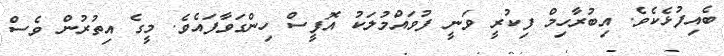
ބެއިފުޅެކެވެ. އިބުރާހިމް ފިކުރީ ވަނީ ފުވައްމުލަކު އޮފީސް ހިންގަވާފައެވެ. މީގެ އިތުރުން ވެސް